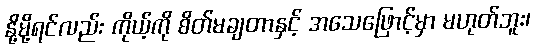
နို့မို့ရင်လည်း ကိုယ့်ကို စိတ်မချတာနှင့် အသေဖြောင့်မှာ မဟုတ်ဘူး၊